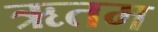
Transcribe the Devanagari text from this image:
ऋतम